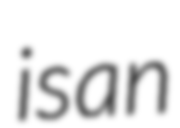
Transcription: is an